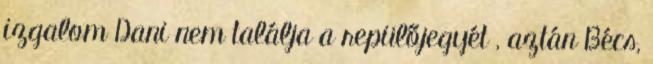
izgalom Dani nem találja a repülőjegyét , aztán Bécs,